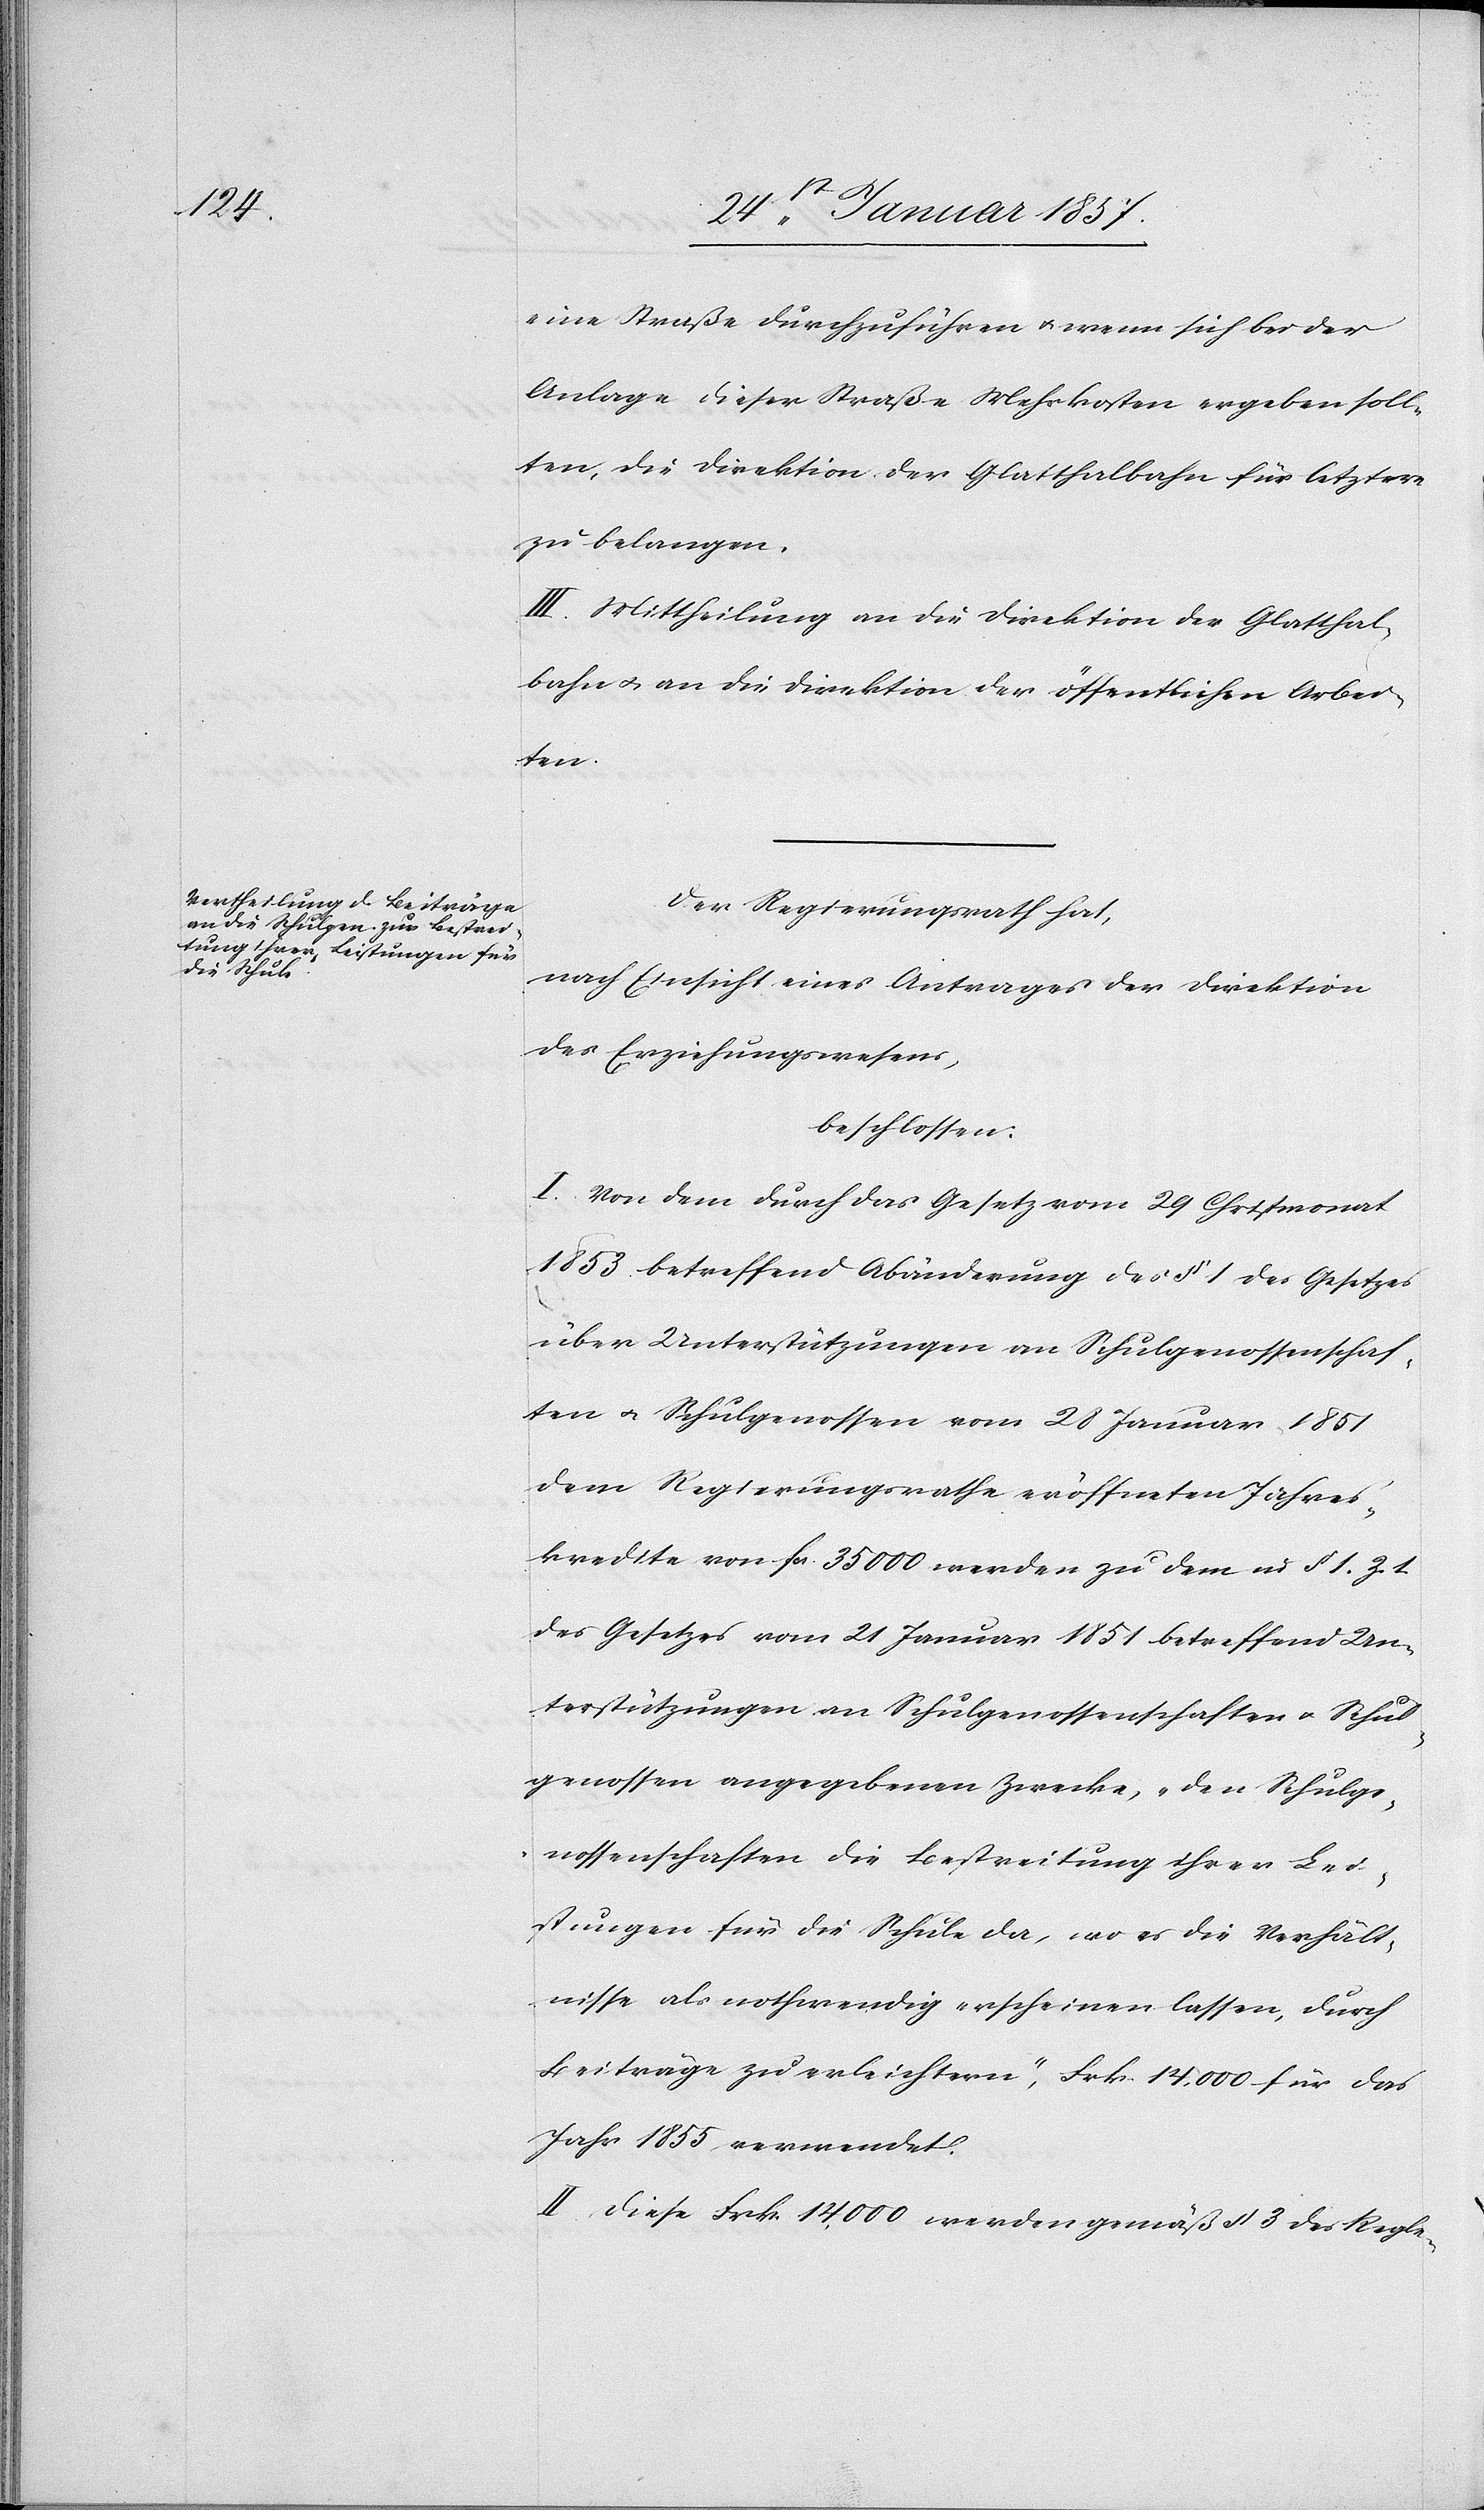
eine Straße durchzuführen & wenn sich bei der
Anlage dieser Straße Mehrkosten ergeben soll¬
ten, die Direktion der Glatthalbahn für letztere
zu belangen.
III. Mittheilung an die Direktion der Glatthal¬
bahn & an die Direktion der öffentlichen Arbei¬
ten.
Der Regierungsrath hat,
nach Einsicht eines Antrages der Direktion
des Erziehungswesens,
beschlossen:
I. Von dem durch das Gesetz vom 29 Christmonat
1853 betreffend Abänderung des § 1 des Gesetzes
über Unterstützungen an Schulgenossenschaf¬
ten u. Schulgenossen vom 28 Januar 1851
dem Regierungsrathe eröffneten Jahres¬
kredite von fcs. 35 000 werden zu dem in § 1. Z. 1
des Gesetzes vom 21 Januar 1851 betreffend Un¬
terstützungen an Schulgenossenschaften u. Schul¬
genossen angegebenen Zwecke, „den Schulge¬
nossenschaften die Bestreitung ihrer Lei¬
stungen für die Schule da, wo es die Verhält¬
nisse als nothwendig erscheinen lassen, durch
Beiträge zu erleichtern“, frk. 14,000 für das
Jahr 1855 verwendet.
II. Diese frk. 14,000 werden gemäß § 3 des Regle-